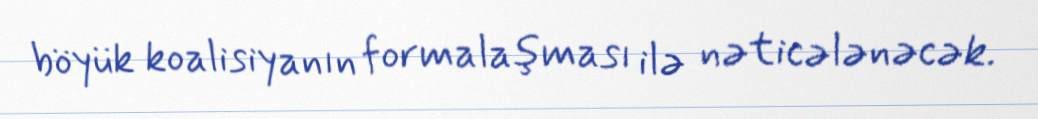
böyük koalisiyanın formalaşması ilə nəticələnəcək.